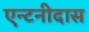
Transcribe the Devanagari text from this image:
एन्टनीदास